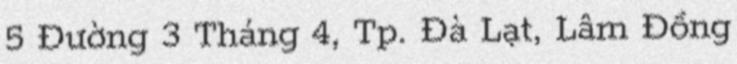
5 Đường 3 Tháng 4, Tp. Đà Lạt, Lâm Đồng